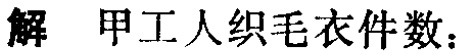
解 甲工人织毛衣件数：